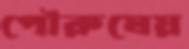
পৌরুষেয়